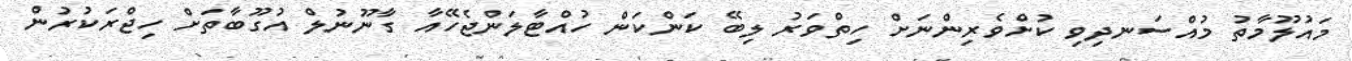
މައުލޫމާތު މުއްސަނދިވި ކުށްވެރިންނަށް ހިތްވަރު ލިބޭ ކަންކަން ހުއްޓާލަންޖެހޭއާ ގާނޫނުލް އުގޫބާތަށް ހިޖްރަކުރުން